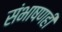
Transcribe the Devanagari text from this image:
संभाषणही